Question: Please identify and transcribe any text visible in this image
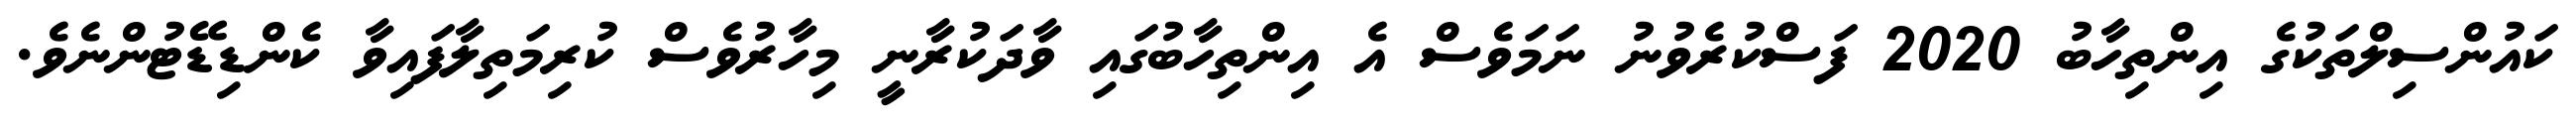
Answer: ކައުންސިލްތަކުގެ އިންތިހާބު 2020 ފަސްކުރެވުނު ނަމަވެސް އެ އިންތިހާބުގައި ވާދަކުރާނީ މިހާރުވެސް ކުރިމަތިލާފައިވާ ކެންޑިޑޭޓުންނެވެ.